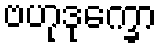
ဗဟုဒုက္ခော